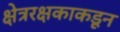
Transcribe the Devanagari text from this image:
क्षेत्ररक्षकाकडून